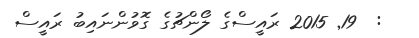
:  19